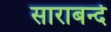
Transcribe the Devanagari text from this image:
साराबन्दे